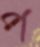
প